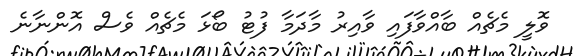
ވޮލީ މެޗެއް ބާއްވާފައި ވާއިރު މާދަމާ ފުޓު ބޯޅަ މެޗެއް ވެސް އޮންނާނެ